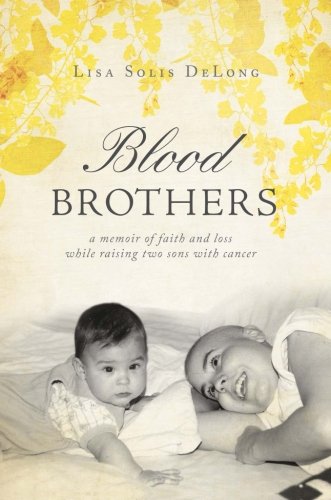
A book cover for Blood Brothers: A Memoir of Faith and Loss While Raising Two Sons With Cancer; Lisa Solis Delong; Biographies & Memoirs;